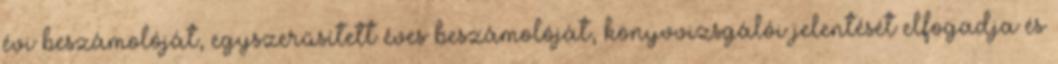
évi beszámolóját, egyszerűsített éves beszámolóját, könyvvizsgálói jelentését elfogadja és